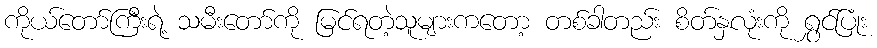
ကိုယ်တော်ကြီးရဲ့ သမီးတော်ကို မြင်ရတဲ့သူများကတော့ တစ်ခါတည်း စိတ်နှလုံးကို ရွှင်ပြုံး